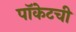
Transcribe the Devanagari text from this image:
पॉकेटची